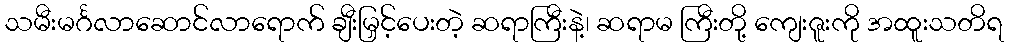
သမီးမင်္ဂလာဆောင်လာရောက် ချီးမြှင့်ပေးတဲ့ ဆရာကြီးနဲ့၊ ဆရာမ ကြီးတို့ ကျေးဇူးကို အထူးသတိရ